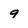
Character: 9